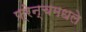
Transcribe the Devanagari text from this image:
फ्रेन्चमधले